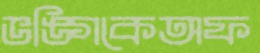
ভঙ্গিকেঅফ